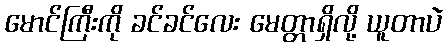
မောင်ကြီးကို ခင်ခင်လေး မေတ္တာရှိလို့ ယူတာပဲ